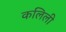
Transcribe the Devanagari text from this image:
कलिली